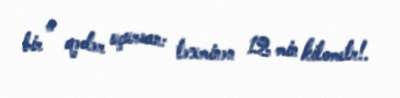
bir o qədər uçursan: təxminən 12 min kilometr!.